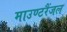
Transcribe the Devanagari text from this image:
माउण्टरैंजल